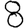
Digit: 8